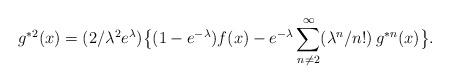
LaTeX: \begin{align*} g^{\ast 2}(x) = (2/\lambda^2 e^{\lambda}) \big\{(1-e^{-\lambda}) f(x) -e^{-\lambda} \sum_{n\neq 2}^\infty (\lambda^n/n!)\, g^{\ast n}(x)\big\}.\end{align*}